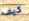
كيف